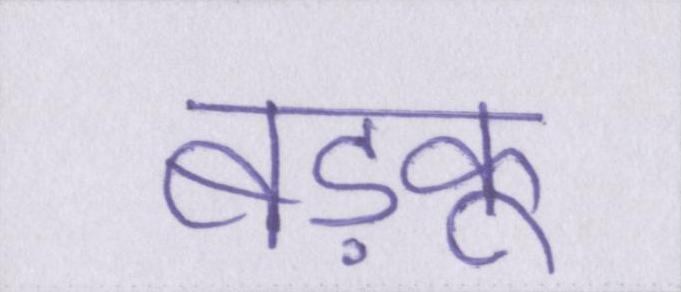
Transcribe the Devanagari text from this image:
बड़कू